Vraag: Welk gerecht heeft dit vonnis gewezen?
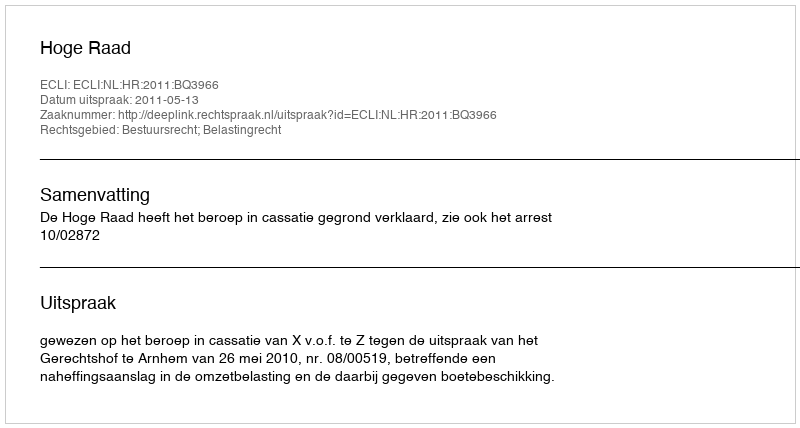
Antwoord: Hoge Raad